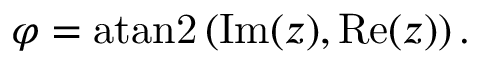
\varphi = \operatorname { a t a n 2 } \left( \operatorname { I m } ( z ) , \operatorname { R e } ( z ) \right) .